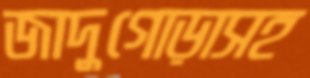
জাদুগোড়াসহ